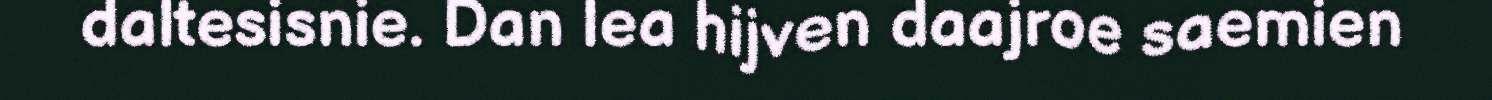
daltesisnie. Dan lea hijven daajroe saemien